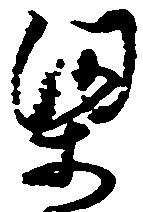
梁